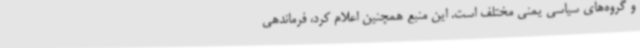
و گروه‌های سیاسی یمنی مختلف است. این منبع همچنین اعلام کرد، فرماندهی